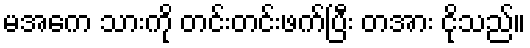
မအေက သားကို တင်းတင်းဖက်ပြီး တအား ငိုသည်။